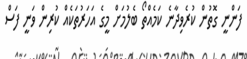
ފަންނީ ގޮތުން ކުރެވިދާނެ ކަމެއްތޯ ބެލުމަށް މީގެ އަހަރުތަކެއް ކުރިން ވަނީ ފަސް